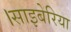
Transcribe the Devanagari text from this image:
।साइबेरिया